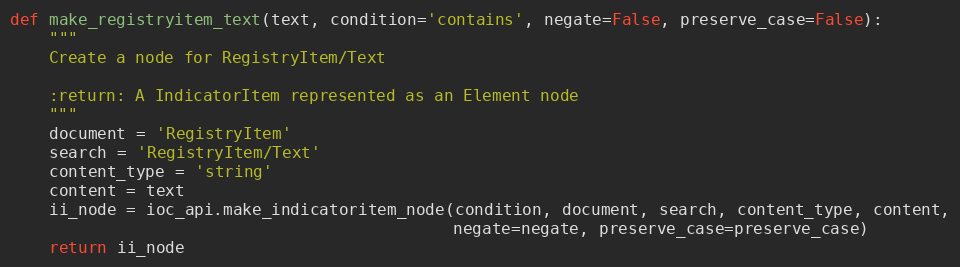
Language: Python
def make_registryitem_text(text, condition='contains', negate=False, preserve_case=False):
    """
    Create a node for RegistryItem/Text

    :return: A IndicatorItem represented as an Element node
    """
    document = 'RegistryItem'
    search = 'RegistryItem/Text'
    content_type = 'string'
    content = text
    ii_node = ioc_api.make_indicatoritem_node(condition, document, search, content_type, content,
                                              negate=negate, preserve_case=preserve_case)
    return ii_node